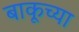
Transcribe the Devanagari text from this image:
बाकूच्या